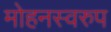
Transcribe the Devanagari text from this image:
मोहनस्वरुप